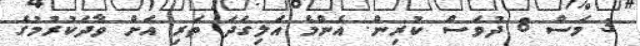
3 މަސް 8 ދުވަސް ކުރިން. އެންމެ އަލިގަދަ ތަރި އަށް ވާދަކުރުމުގެ